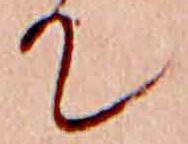
て